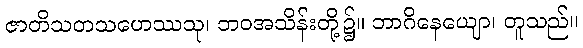
ဇာတိသတသဟေဿသု၊ ဘဝအသိန်းတို့၌။ ဘာဂိနေယျော၊ တူသည်။